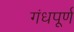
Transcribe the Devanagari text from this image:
गंधपूर्ण